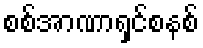
စစ်အာဏာရှင်စနစ်